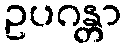
ဥပဂန္တာ